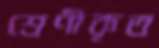
শ্রেণীকৃত